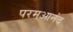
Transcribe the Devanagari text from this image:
परमआनंद